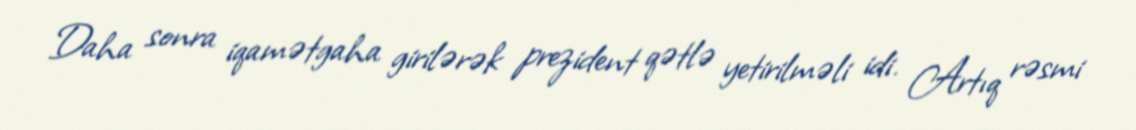
Daha sonra iqamətgaha girilərək prezident qətlə yetirilməli idi. Artıq rəsmi